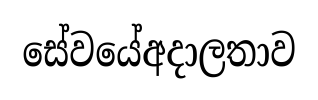
සේවයේඅදාලතාව